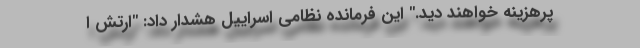
پرهزینه خواهند دید." این فرمانده نظامی اسراییل هشدار داد: "ارتش ا